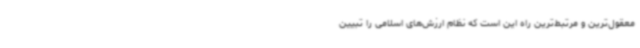
معقول‌ترین و مرتبط‌ترین راه این است که نظام ارزش‌های اسلامی را تبیین